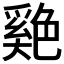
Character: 𦫬